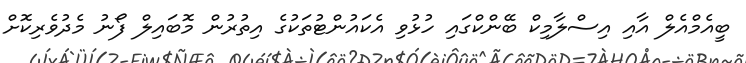
ބީއެމްއެލް އާއި އިސްލާމިކް ބޭންކްގައި ހުޅުވި އެކައުންޓުތަކުގެ އިތުރުން މޮބައިލް ފޯނު މެދުވެރިކޮށް